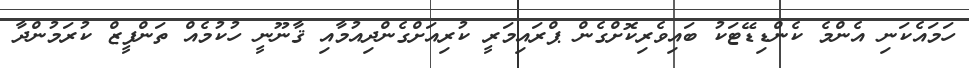
ހަމައެކަނި އެންމެ ކެންޑިޑޭޓަކު ބައިވެރިކޮށްގެން ޕްރައިމަރީ ކުރިއަށްގެންދިއުމާއި ޤާނޫނީ ހުުކުމެއް ތަންފީޒް ކުރަމުންދާ